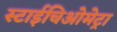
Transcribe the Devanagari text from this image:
स्टाईचिओमेट्रा